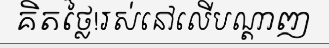
គិតថ្លៃ!រស់នៅលើបណ្តាញ